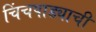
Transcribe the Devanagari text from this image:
चिंचपाड्याची